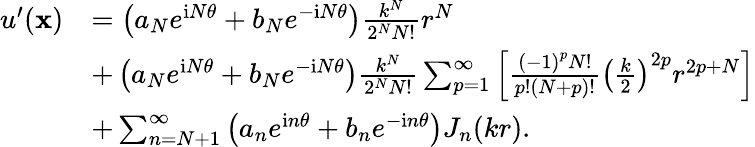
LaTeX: \begin{array}{rl}{u^{\prime}(\mathbf{x})}&{=\left({a_{N}}{e^{\mathrm iN\theta}}+{b_{N}}{e^{-\mathrm iN\theta}}\right){\frac{{k^{N}}}{{2^{N}}N!}}{r^{N}}}\\ &{+\left({a_{N}}{e^{\mathrm iN\theta}}+{b_{N}}{e^{-\mathrm iN\theta}}\right){\frac{{k^{N}}}{{2^{N}}N!}}\sum_{p=1}^{\infty}{\left[{{\frac{{{(-1)}^{p}}N!}{p!(N+p)!}}{{\left({{\frac{k}{2}}}\right)}^{2p}}{r^{2p+N}}}\right]}}\\ &{+\sum_{n=N+1}^{\infty}{\left({a_{n}}{e^{\mathrm in\theta}}+{b_{n}}{e^{-\mathrm in\theta}}\right){J_{n}}(kr)}.}\end{array}